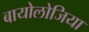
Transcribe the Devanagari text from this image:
बायोलोजिया